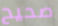
صحيح